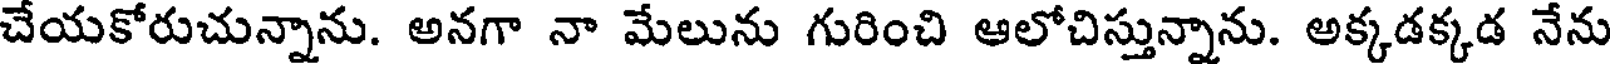
చేయకోరుచున్నాను. అనగా నా మేలును గురించి ఆలోచిస్తున్నాను. అక్కడక్కడ నేను